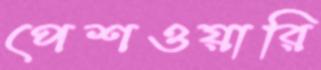
পেশওয়ারি